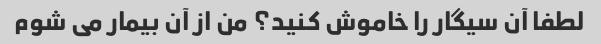
لطفا آن سیگار را خاموش کنید؟ من از آن بیمار می شوم